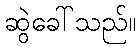
ဆွဲခေါ်သည်။